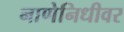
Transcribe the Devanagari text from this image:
नाणेनिधीवर